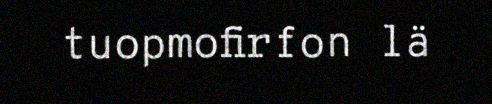
tuopmofirfon lä